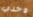
وخذي